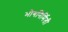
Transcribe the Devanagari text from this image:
भोगनिर्मिती